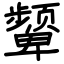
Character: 颦